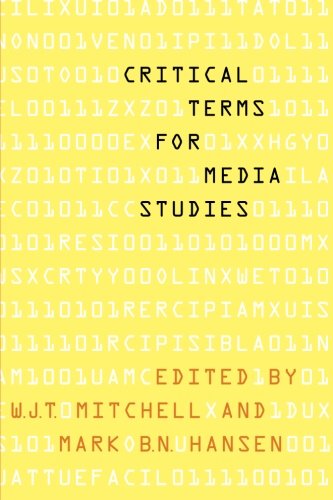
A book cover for Critical Terms for Media Studies; Politics & Social Sciences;